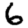
Digit: 6